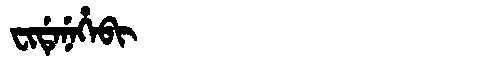
Manchu: ᠸᡳᡩᡝᠨᡝᡥᡝᠪᡳ
Romanization: FIDENEHEBI